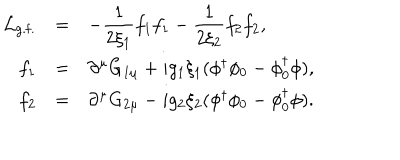
LaTeX: \begin{array} { r c l } { { { \cal L } _ { \mathrm { g . f . } } } } & { { = } } & { { \displaystyle - \frac { 1 } { 2 \xi _ { 1 } } f _ { 1 } f _ { 1 } - \frac { 1 } { 2 \xi _ { 2 } } f _ { 2 } f _ { 2 } , } } \\ { { f _ { 1 } } } & { { = } } & { { \partial ^ { \mu } G _ { 1 \mu } + i g _ { 1 } \xi _ { 1 } ( \phi ^ { \dagger } \phi _ { 0 } - \phi _ { 0 } ^ { \dagger } \phi ) , } } \\ { { f _ { 2 } } } & { { = } } & { { \partial ^ { \mu } G _ { 2 \mu } - i g _ { 2 } \xi _ { 2 } ( \phi ^ { \dagger } \phi _ { 0 } - \phi _ { 0 } ^ { \dagger } \phi ) . } } \\ \end{array}